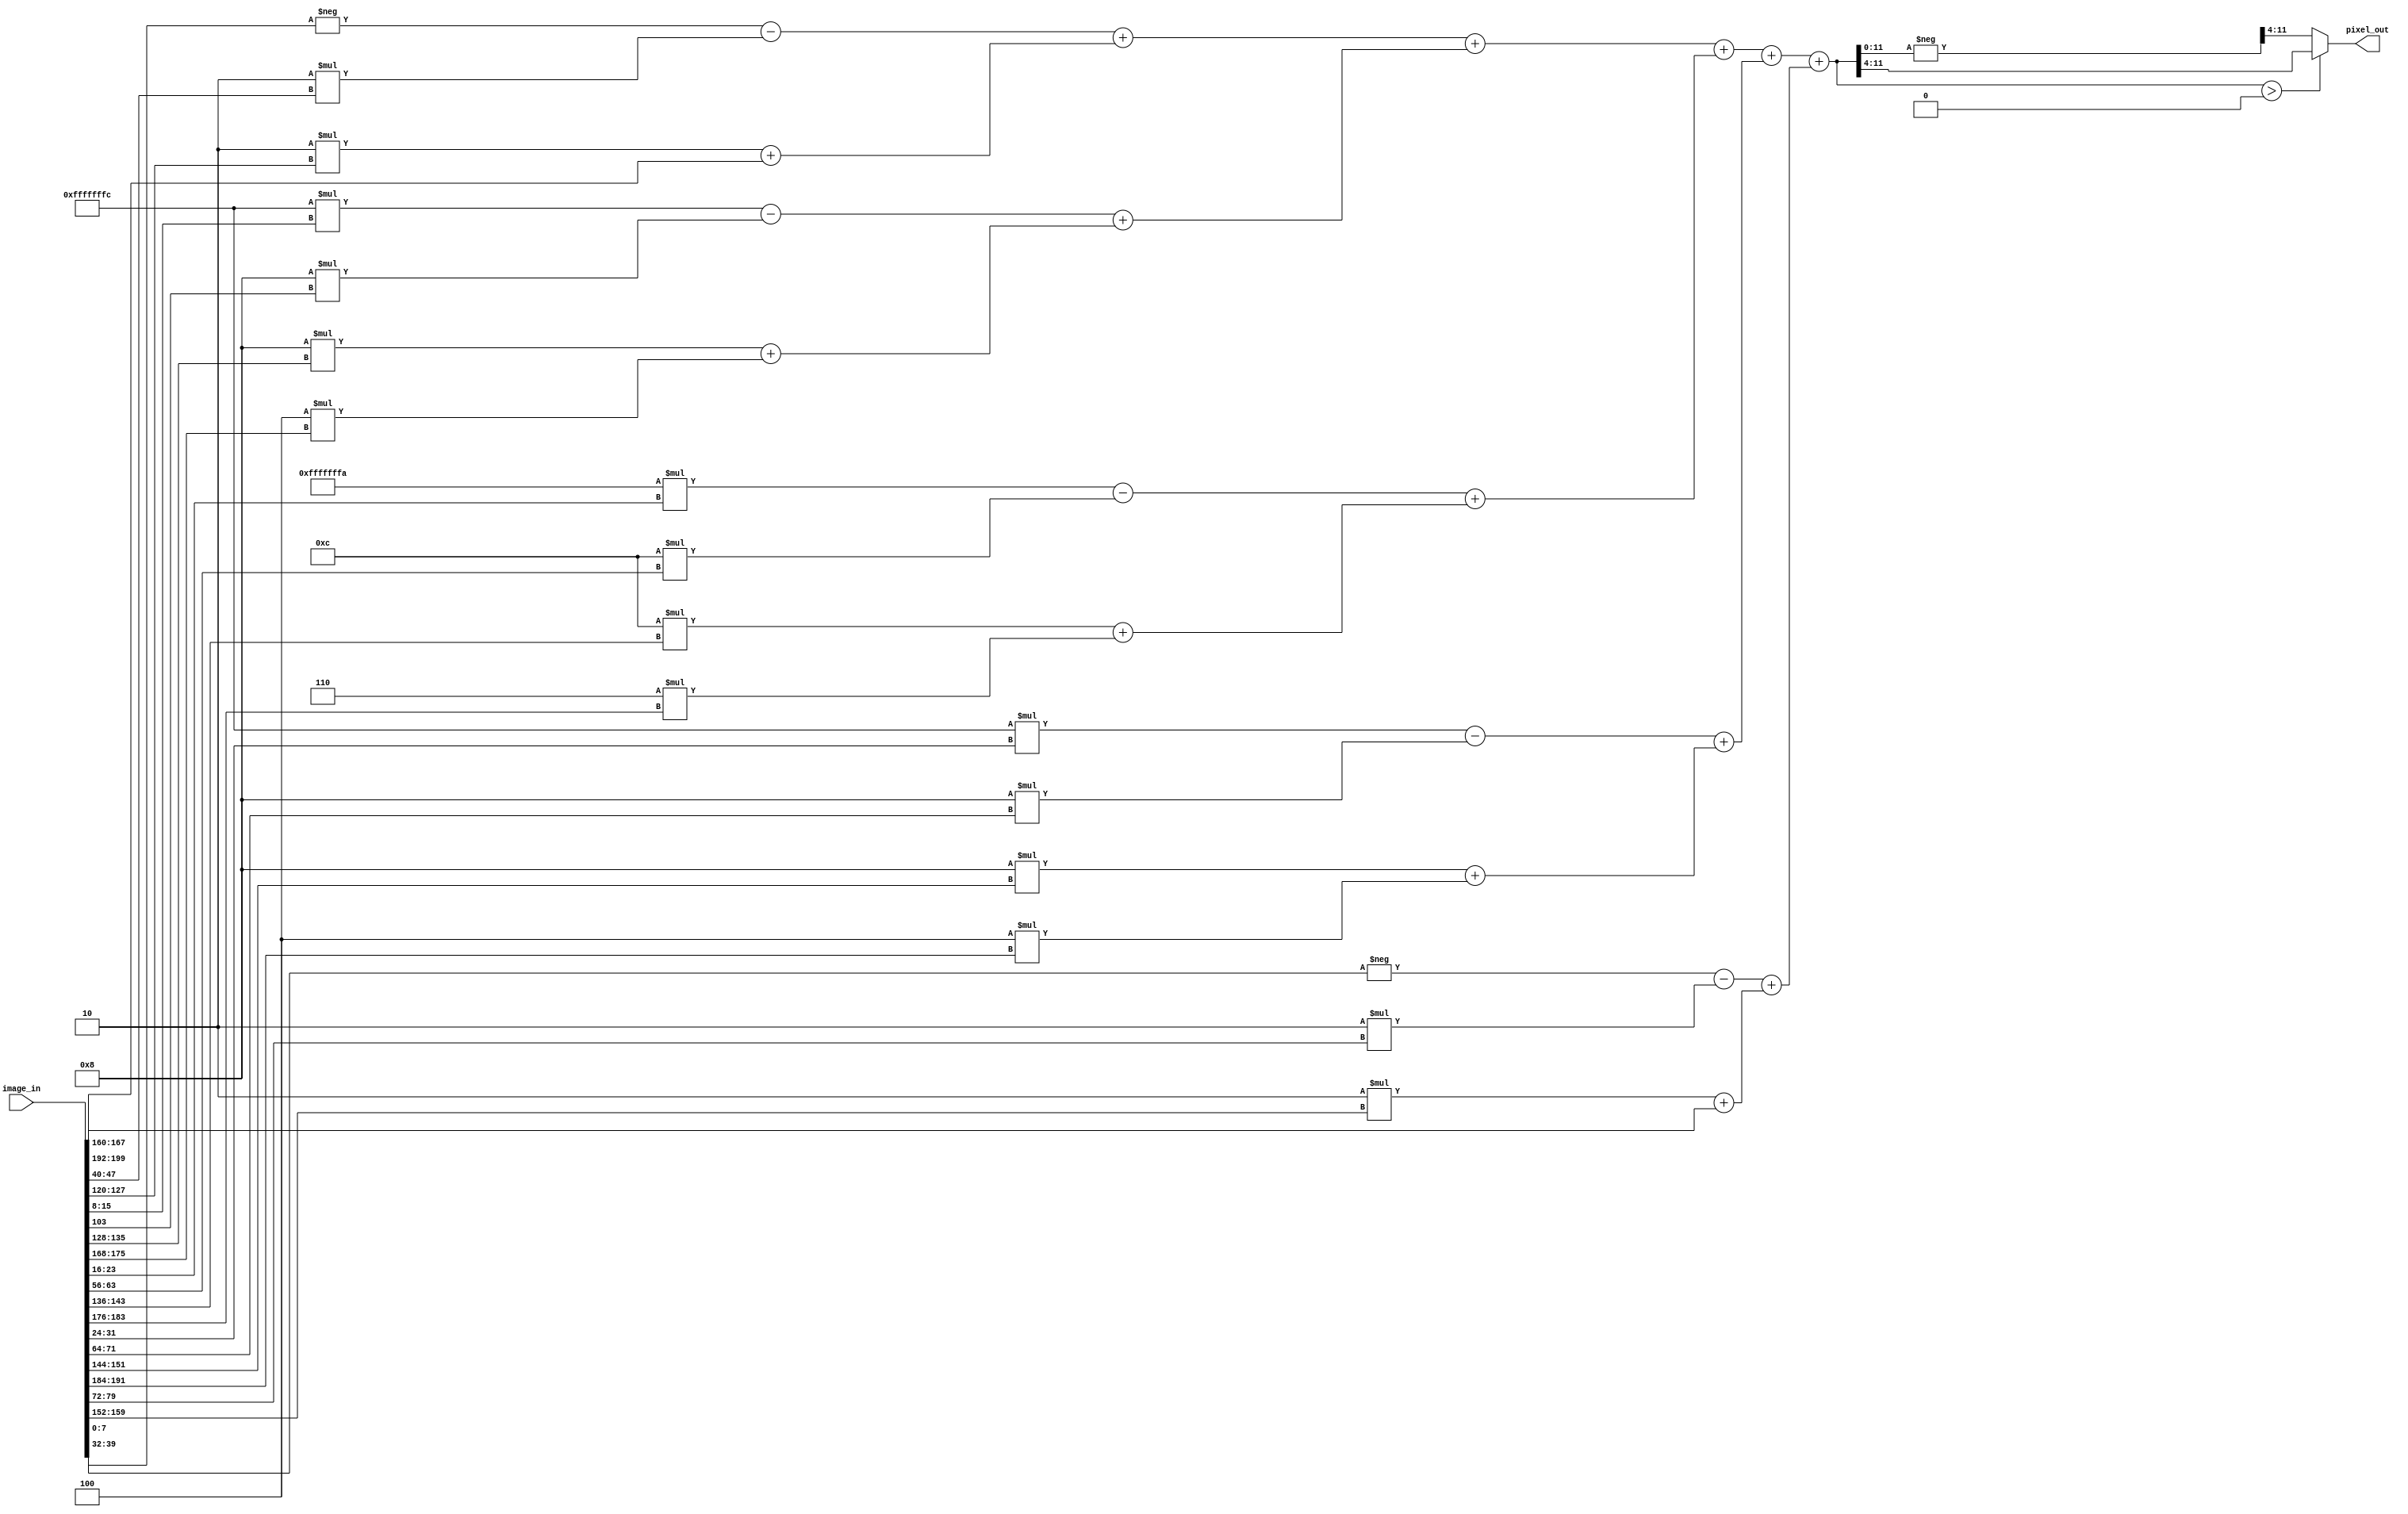
module Edge_Y(
    input [199:0] image_in, //Input Matrix
    output [7:0] pixel_out //Output Matrix
);

    //For paralellization
    wire [15:0] tmp;
    
    //Directly writing the values for 5x5 kernel, where the values are hand-calculated
    wire [15:0] first_col1 = -image_in[7:0] - 2*image_in[47:40];
    wire [15:0] first_col2 = 2 * image_in[127:120] + image_in[167:160];
    wire [15:0] second_col1 = -4*image_in[15:8] - 8*image_in[55+48];
    wire [15:0] second_col2 = 8*image_in[135:128] + 4*image_in[175:168];
    wire [15:0] third_col1 = -6*image_in[23:16] - 12*image_in[63:56];
    wire [15:0] third_col2 = 12*image_in[143:136] + 6*image_in[183:176];
    wire [15:0] fourth_col1 = -4*image_in[31:24] - 8*image_in[71:64];
    wire [15:0] fourth_col2 = 8*image_in[151:144] + 4*image_in[191:184];
    wire [15:0] fifth_col1 = -image_in[39:32] - 2*image_in[79:72];
    wire [15:0] fifth_col2 = 2*image_in[159:152] + image_in[199:192];
    
    wire [15:0] first_col = first_col1 + first_col2;
    wire [15:0] second_col = second_col1 + second_col2;
    wire [15:0] third_col = third_col1 + third_col2;
    wire [15:0] fourth_col = fourth_col1 + fourth_col2;
    wire [15:0] fifth_col = fifth_col1 + fifth_col2;
    
    assign tmp = first_col + second_col + third_col + fourth_col + fifth_col;

    assign pixel_out = (tmp > 0) ? tmp>>4 : - tmp>>4;
    
    
endmodule